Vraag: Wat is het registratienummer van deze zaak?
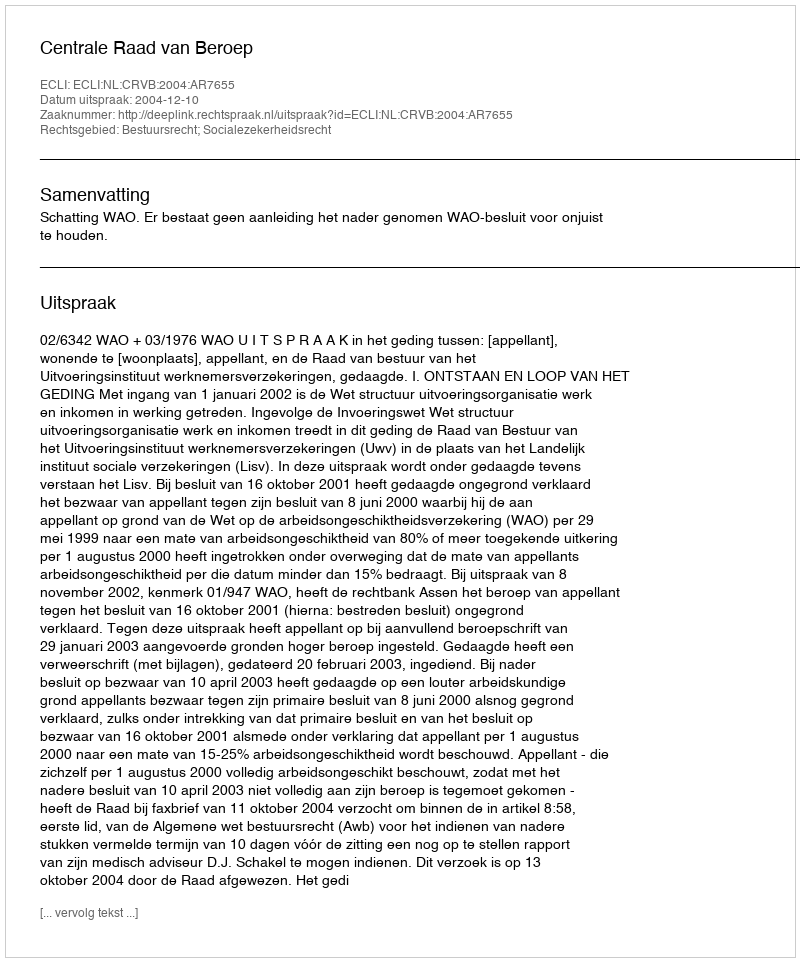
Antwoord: http://deeplink.rechtspraak.nl/uitspraak?id=ECLI:NL:CRVB:2004:AR7655